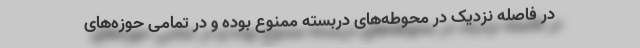
در فاصله نزدیک در محوطه‌های دربسته ممنوع بوده و در تمامی حوزه‌های